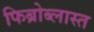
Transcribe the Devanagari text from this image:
फिब्रोब्लास्त